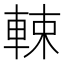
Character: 𨌛